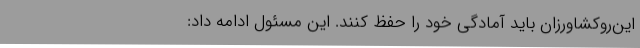
این‌روکشاورزان باید آمادگی خود را حفظ کنند. این مسئول ادامه‌ داد: